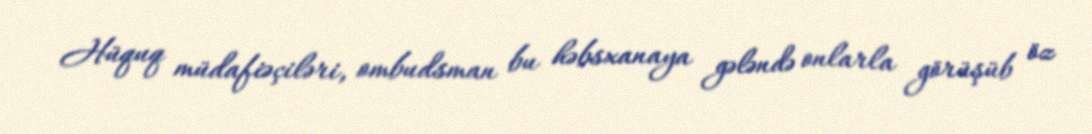
Hüquq müdafiəçiləri, ombudsman bu həbsxanaya gələndə onlarla görüşüb öz